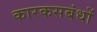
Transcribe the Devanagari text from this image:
कारकसबंधों